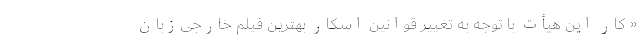
« کار این هیأت با توجه به تغییر قوانین اسکار بهترین فیلم خارجی‌زبان